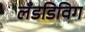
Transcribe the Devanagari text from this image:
लँडडिविग